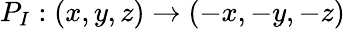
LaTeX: {P_{I}}:\left({x,y,z}\right)\to\left({-x,-y,-z}\right)